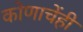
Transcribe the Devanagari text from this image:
कोणाचेंही